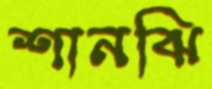
শানঝি